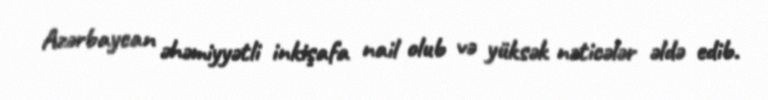
Azərbaycan əhəmiyyətli inkişafa nail olub və yüksək nəticələr əldə edib.